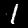
Digit: 1